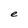
Character: e